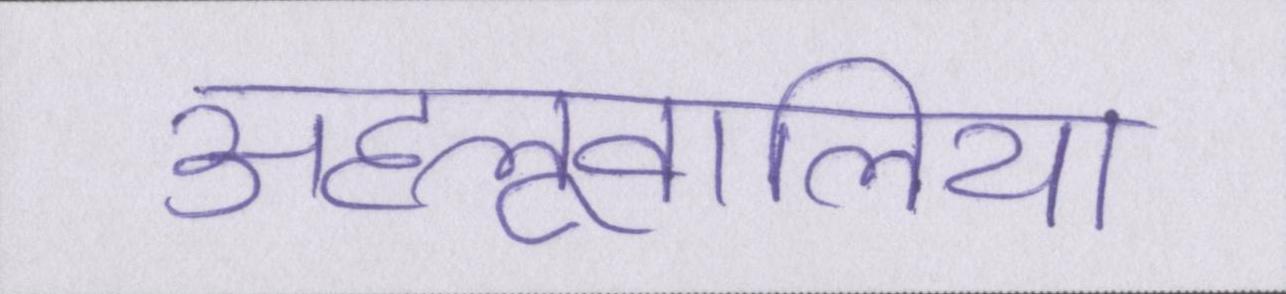
अहलूवालिया